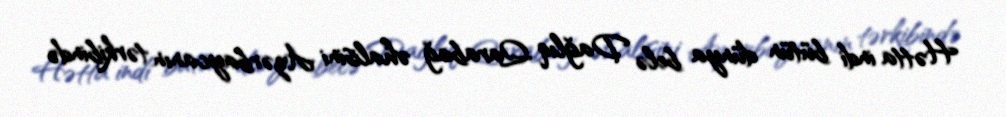
Hətta indi bütün dünya belə Dağlıq Qarabağ əhalisini Azərbaycanın tərkibində